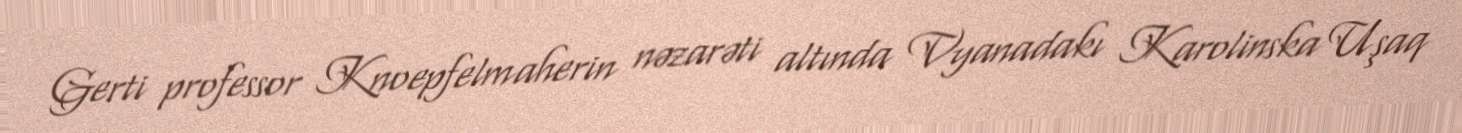
Gerti professor Knoepfelmaherin nəzarəti altında Vyanadakı Karolinska Uşaq